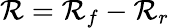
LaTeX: \mathcal{R}=\mathcal{R}_{f}-\mathcal{R}_{r}